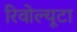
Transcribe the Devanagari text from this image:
रिवोल्यूटा